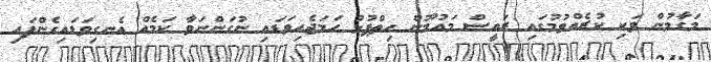
މަގާމުން ވަކި ކުރެއްވުމުގައި ރައީސް މައުމޫން ހިތްޕުޅު ހަމަޖެހިވަޑައި ނުގަންނަވާ ކަމެއް އެނގިވަޑައިގެންފައި